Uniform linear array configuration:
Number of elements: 24
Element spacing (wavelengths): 0.5
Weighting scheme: binomial
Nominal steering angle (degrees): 0
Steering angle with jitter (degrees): -1.239
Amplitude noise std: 0.05
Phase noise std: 0.05

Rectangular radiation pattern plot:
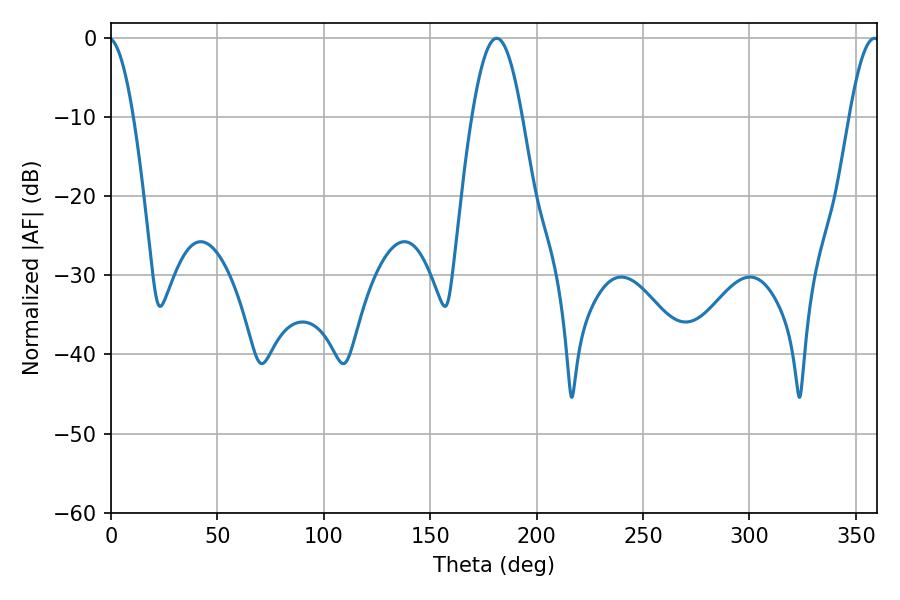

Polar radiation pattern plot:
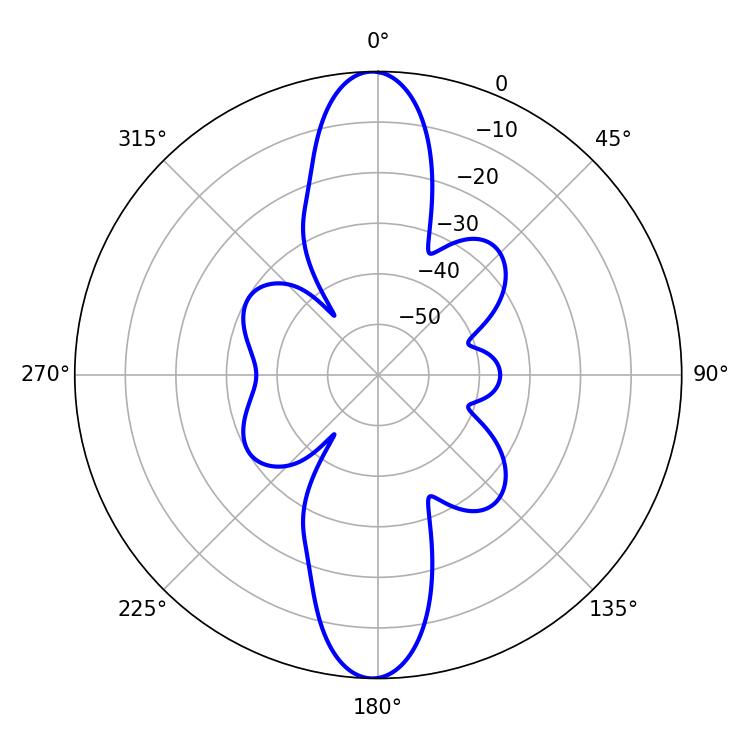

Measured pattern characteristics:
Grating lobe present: FALSE
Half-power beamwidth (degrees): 12.6
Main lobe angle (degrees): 181.26